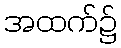
အထက်၌